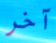
آخر